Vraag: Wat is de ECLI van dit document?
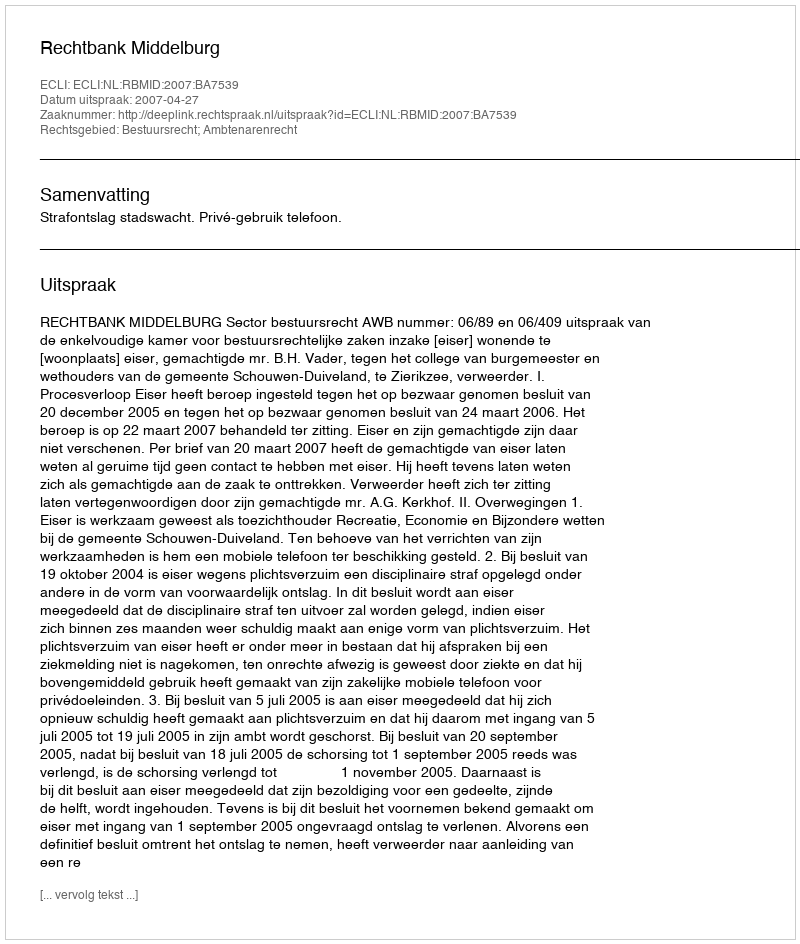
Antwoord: ECLI:NL:RBMID:2007:BA7539